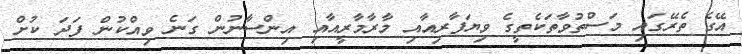
އޭގެ ތެރޭގައި މަސްތުވާތަކެތީގެ ވިޔަފާރިއާއި މާރާމާރީއާއި އިންސާނުން ގަނެ ވިއްކުން ފަދަ ކުށް